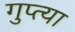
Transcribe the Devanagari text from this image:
गुप्त्या